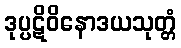
ဒုပ္ပဋိဝိနောဒယသုတ္တံ